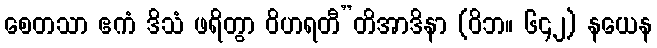
စေတသာ ဧကံ ဒိသံ ဖရိတွာ ဝိဟရတီ”တိအာဒိနာ (ဝိဘ။ ၆၄၂) နယေန